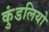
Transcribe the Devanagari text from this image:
कुंडलियो